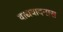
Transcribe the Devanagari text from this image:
वाद्यवादनास